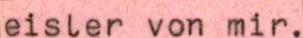
eisler von mir.